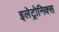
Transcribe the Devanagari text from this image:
इलेट्रोनिक्स